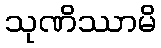
သုဏိဿာမိ